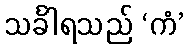
သင်္ခါရသည် ‘ကံ’